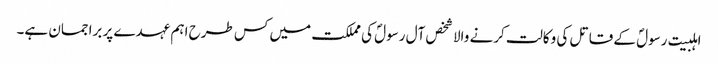
اہلبیت رسولؐ کے قاتل کی وکالت کرنے والا شخص آل رسولؐ کی مملکت میں کس طرح اہم عہدے پر براجمان ہے۔